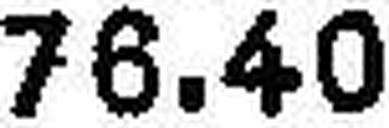
76.40